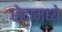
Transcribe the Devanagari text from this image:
छेदामध्ये